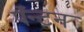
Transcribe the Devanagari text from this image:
पॅन्टन